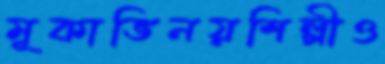
মূকাভিনয়শিল্পীও